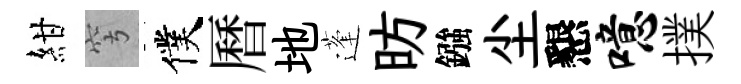
紺穹僕曆地蓬昉鏹尘懇噫撲